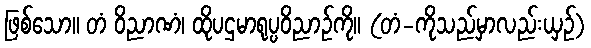
ဖြစ်သော။ တံ ဝိညာဏံ၊ ထိုပဌမာရုပ္ပဝိညာဉ်ကို။ (တံ-ကိုသည်မှာလည်းယှဉ်)